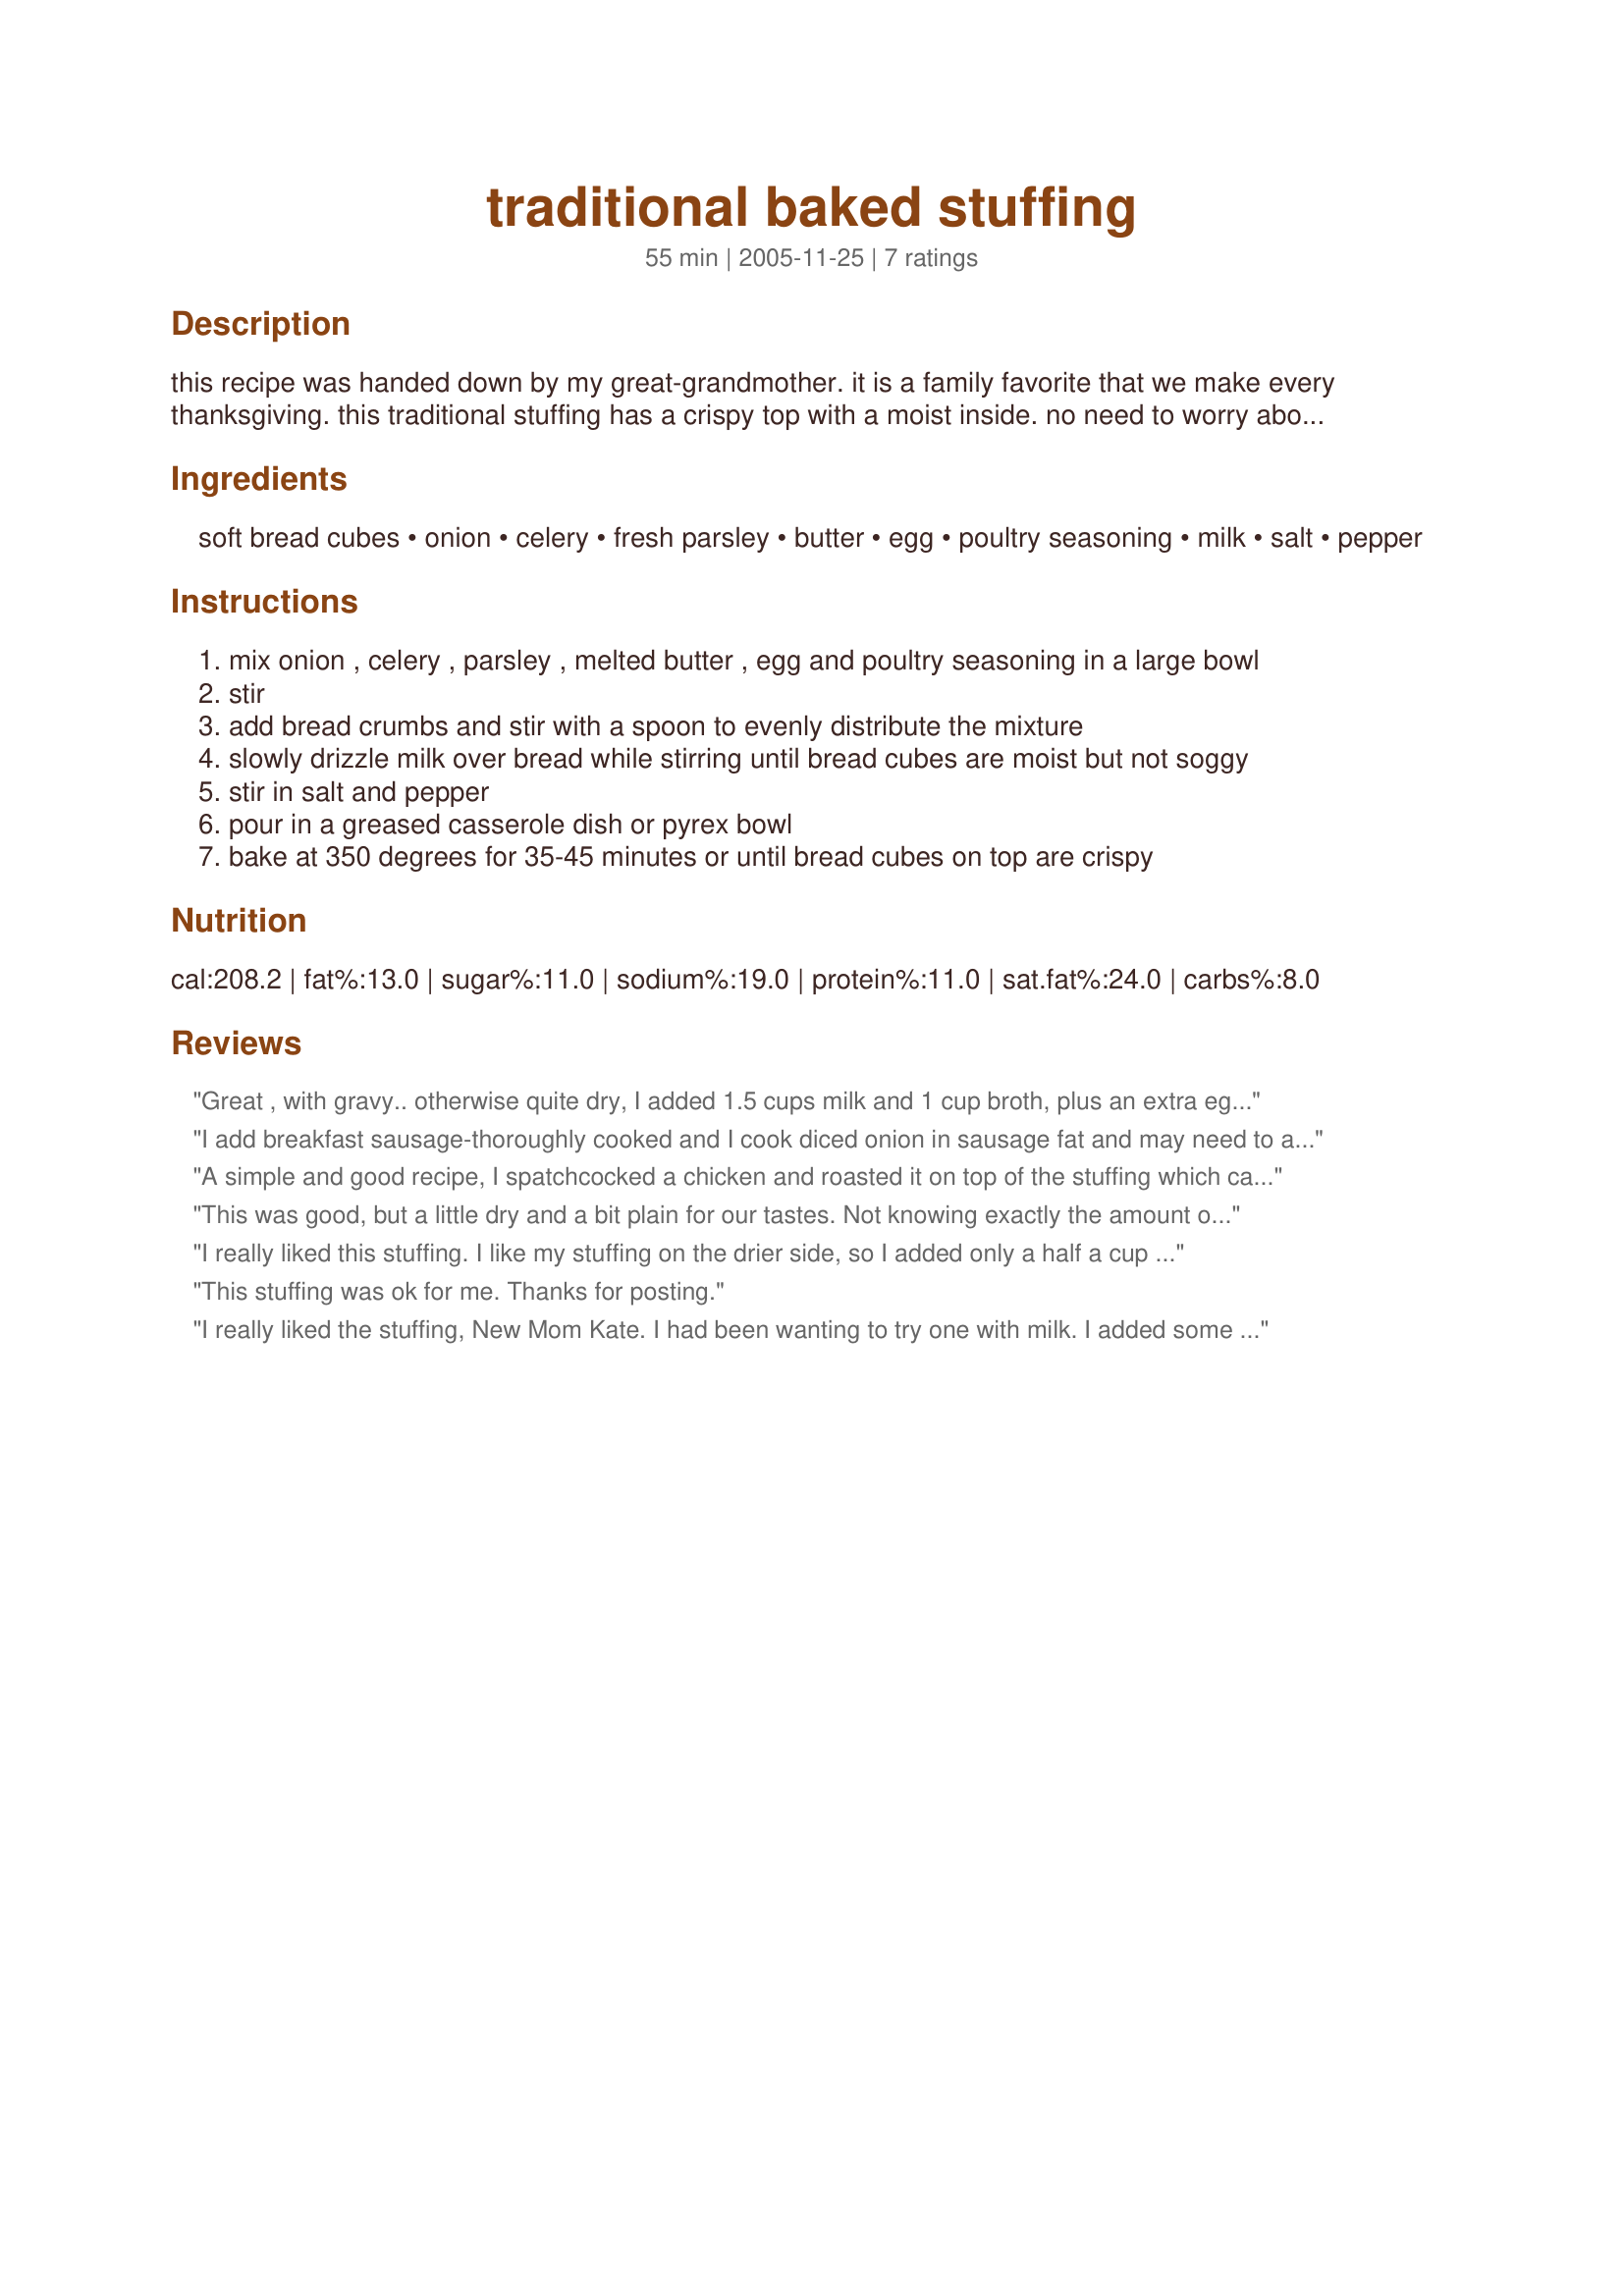
traditional baked stuffing
Preparation time: 55 minutes

this recipe was handed down by my great-grandmother. it is a family favorite that we make every thanksgiving. this traditional stuffing has a crispy top with a moist inside. no need to worry about stuffing the turkey this year! this tasty side-dish bakes in a casserole dish or pyrex bowl.

Ingredients:
soft bread cubes, onion, celery, fresh parsley, butter, egg, poultry seasoning, milk, salt, pepper

Steps:
mix onion , celery , parsley , melted butter , egg and poultry seasoning in a large bowl
stir
add bread crumbs and stir with a spoon to evenly distribute the mixture
slowly drizzle milk over bread while stirring until bread cubes are moist but not soggy
stir in salt and pepper
pour in a greased casserole dish or pyrex bowl
bake at 350 degrees for 35-45 minutes or until bread cubes on top are crispy

Reviews:
Great , with gravy.. otherwise quite dry, I added 1.5 cups milk and 1 cup broth, plus an extra egg for a total of 2 eggs, still super dry... but, gravy &quot;fixed&quot; it. ??
I add breakfast sausage-thoroughly cooked and I cook diced onion in sausage fat and may need to add a little more butter. Remove all from pan and then then use the milk and eggs to almost a simmer. Add to bread, etc. It's like making a custard but doesn't come out that way. It's very good.
A simple and good recipe, I spatchcocked a chicken and roasted it on top of the stuffing which came out pretty good.
This was good, but a little dry and a bit plain for our tastes. Not knowing exactly the amount of milk to add was tough. I thought it was moist enough before going in the oven but it ended up being dry and not holding together at all. I had to add half a can of chicken broth and it still was too dry. Thanks for posting, though, it was very good with gravy on top.
I really liked this stuffing. I like my stuffing on the drier side, so I added only a half a cup of milk and it still held together.
This stuffing was ok for me. Thanks for posting.
I really liked the stuffing, New Mom Kate. I had been wanting to try one with milk. I added some grated carrot (I love it in stuffing) and covered my pan with foil for most of the cooking time (since I like kind of "mushy" stuffing), uncovering at the end to get some crispy edges. I used one cup milk (it was pretty wet but not soggy). This was delicious tasting and I think the milk made it fluff up more. Thanks for posting.
Roxygirl
